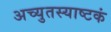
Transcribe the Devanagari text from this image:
अच्युतस्याष्टकं